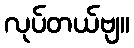
လုပ်တယ်ဗျ။